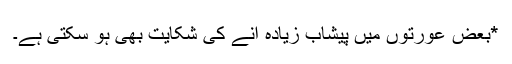
*بعض عورتوں میں پیشاب زیادہ آنے کی شکایت بھی ہو سکتی ہے۔